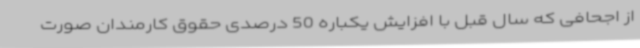
از اجحافی که سال قبل با افزایش یکباره 50 درصدی حقوق کارمندان صورت